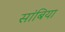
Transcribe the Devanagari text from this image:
सांबिया